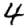
Digit: 4